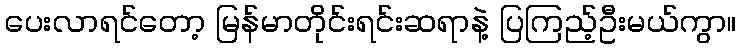
ပေးလာရင်တော့ မြန်မာတိုင်းရင်းဆရာနဲ့ ပြကြည့်ဦးမယ်ကွာ။